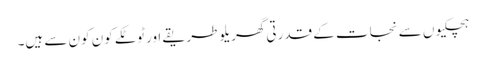
ہچکیوں سے نجات کے قدرتی گھریلو طریقے اور ٹوٹکے کون کون سے ہیں۔